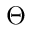
\Theta